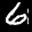
Label: 6